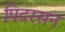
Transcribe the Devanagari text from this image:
पिदरसन